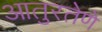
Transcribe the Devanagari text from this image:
आतुरतेणे